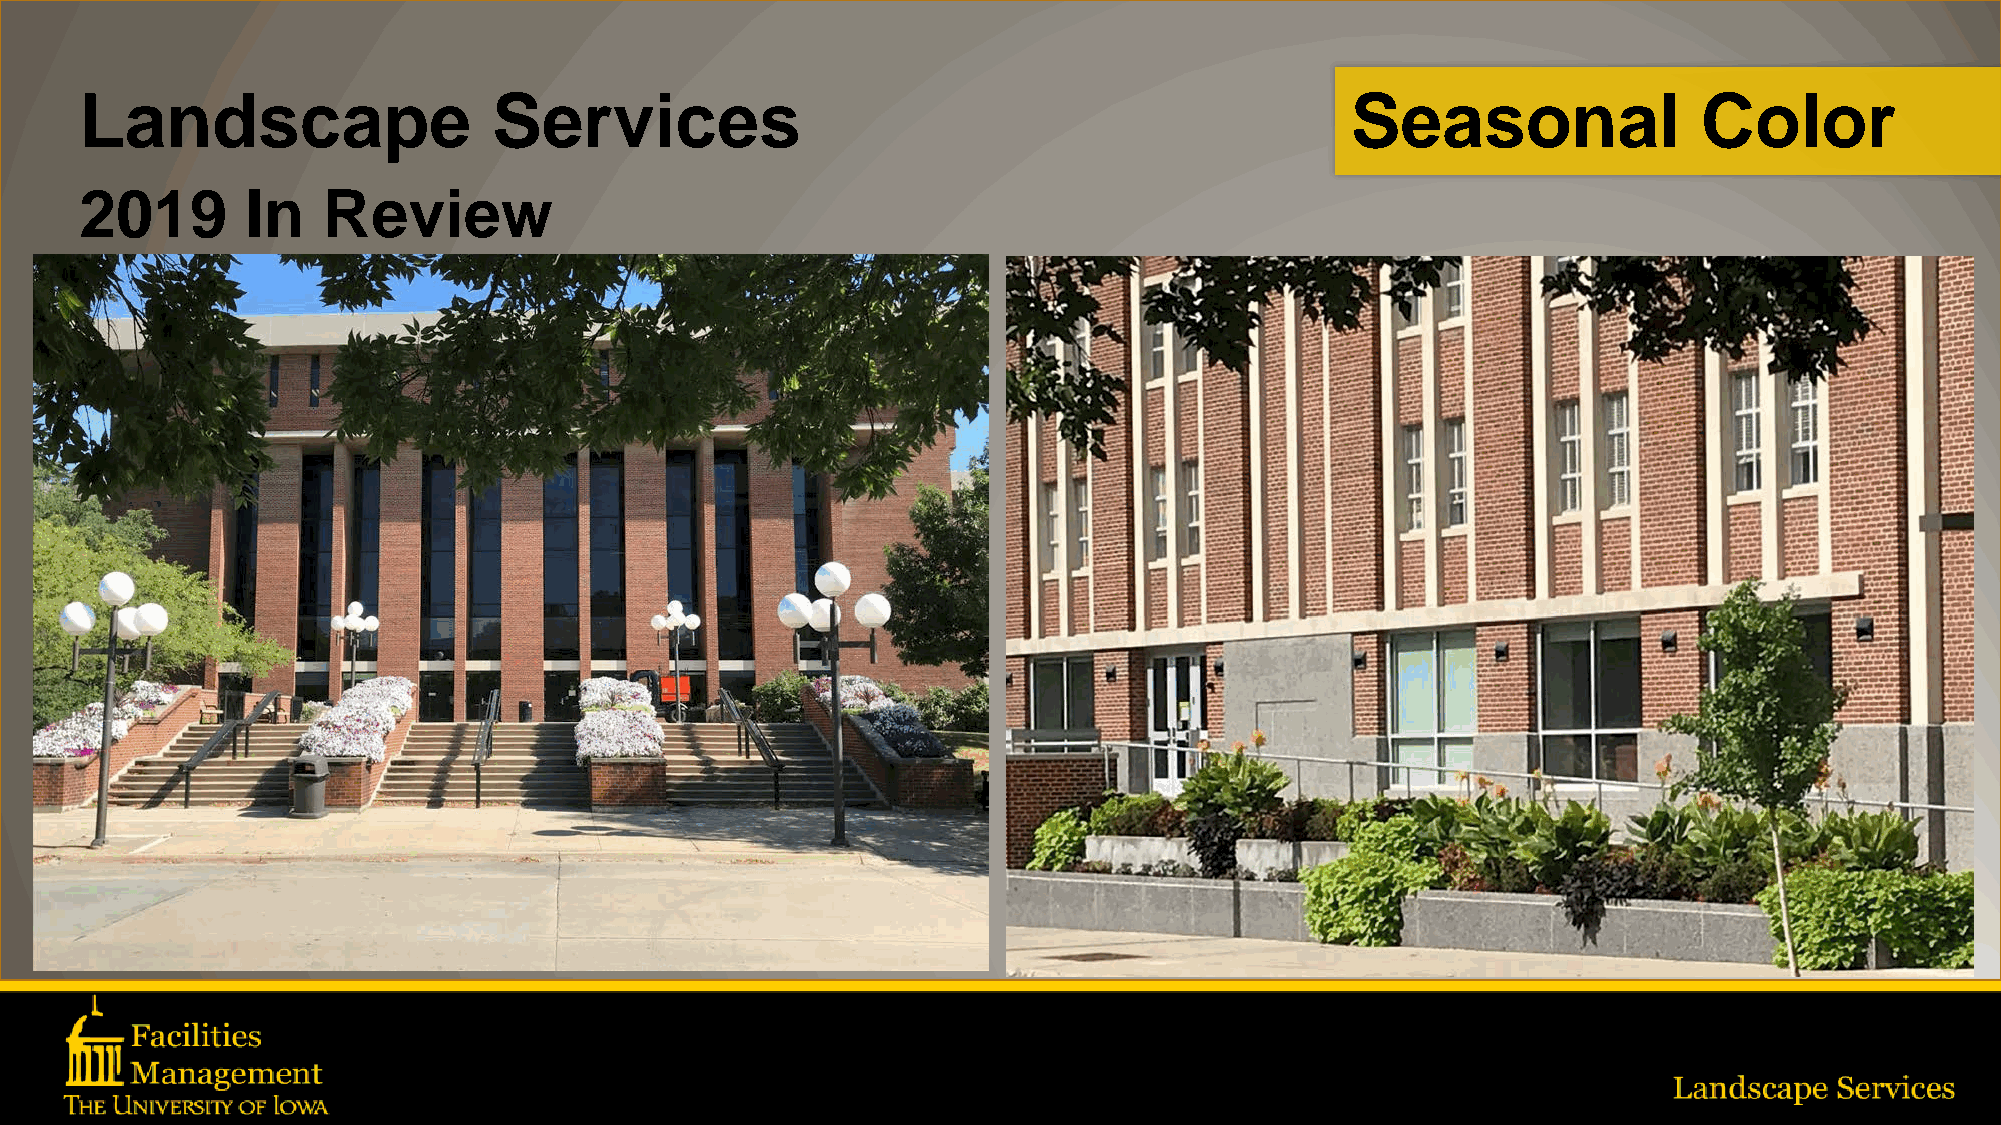
Landscape                   Services                                                Seasonal                Color
 2019       In   Review